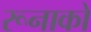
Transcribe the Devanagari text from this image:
रूनाको